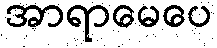
အာရာမေပေ